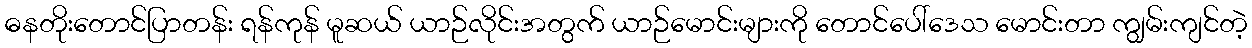
ဓနတိုးတောင်ပြာတန်း ရန်ကုန် မူဆယ် ယာဉ်လိုင်းအတွက် ယာဉ်မောင်းများကို တောင်ပေါ်ဒေသ မောင်းတာ ကျွမ်းကျင်တဲ့